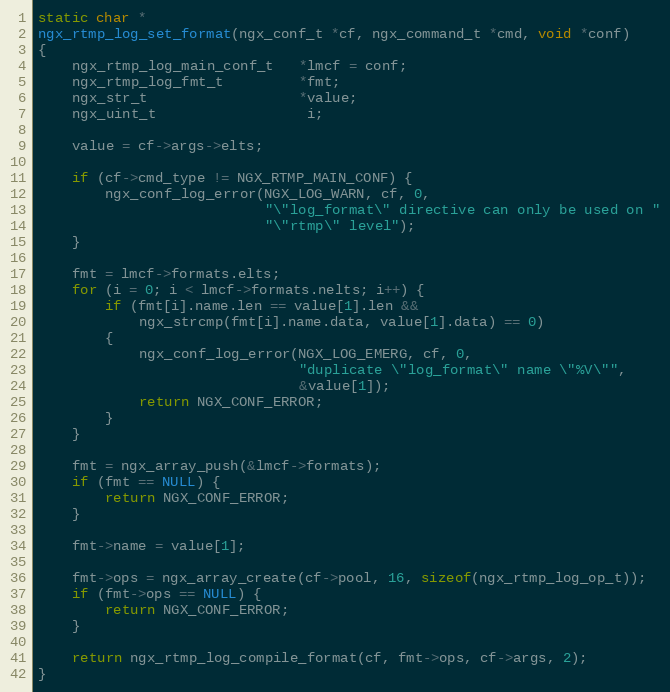
Language: C
static char *
ngx_rtmp_log_set_format(ngx_conf_t *cf, ngx_command_t *cmd, void *conf)
{
    ngx_rtmp_log_main_conf_t   *lmcf = conf;
    ngx_rtmp_log_fmt_t         *fmt;
    ngx_str_t                  *value;
    ngx_uint_t                  i;

    value = cf->args->elts;

    if (cf->cmd_type != NGX_RTMP_MAIN_CONF) {
        ngx_conf_log_error(NGX_LOG_WARN, cf, 0,
                           "\"log_format\" directive can only be used on "
                           "\"rtmp\" level");
    }

    fmt = lmcf->formats.elts;
    for (i = 0; i < lmcf->formats.nelts; i++) {
        if (fmt[i].name.len == value[1].len &&
            ngx_strcmp(fmt[i].name.data, value[1].data) == 0)
        {
            ngx_conf_log_error(NGX_LOG_EMERG, cf, 0,
                               "duplicate \"log_format\" name \"%V\"",
                               &value[1]);
            return NGX_CONF_ERROR;
        }
    }

    fmt = ngx_array_push(&lmcf->formats);
    if (fmt == NULL) {
        return NGX_CONF_ERROR;
    }

    fmt->name = value[1];

    fmt->ops = ngx_array_create(cf->pool, 16, sizeof(ngx_rtmp_log_op_t));
    if (fmt->ops == NULL) {
        return NGX_CONF_ERROR;
    }

    return ngx_rtmp_log_compile_format(cf, fmt->ops, cf->args, 2);
}